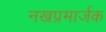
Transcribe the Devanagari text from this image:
नखप्रमार्जक